Vaccination in Bombay 1889-1901 - 1889-1901
Year: 1889
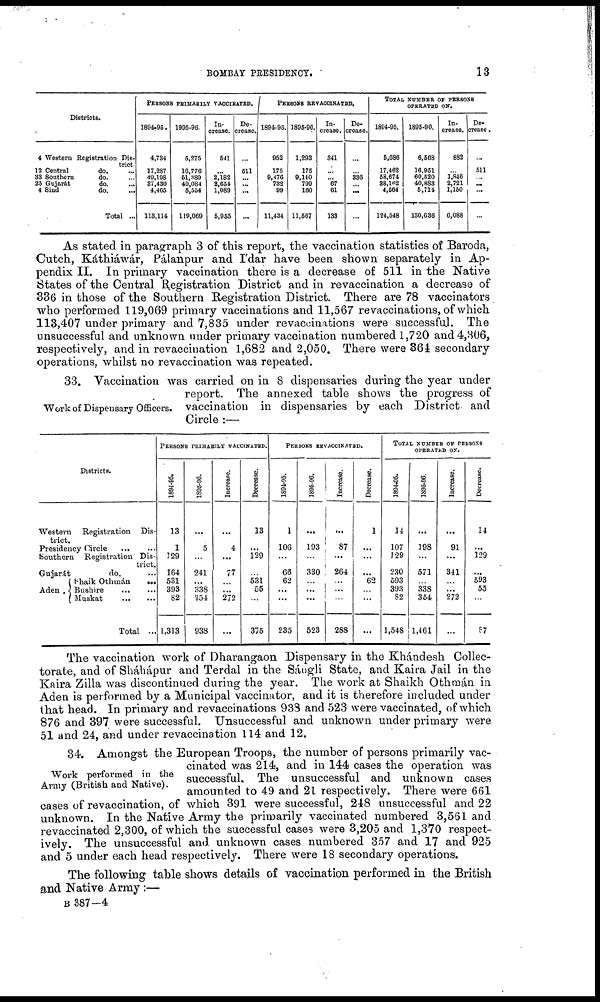
BOMBAY PRESIDENCY.
13
Districts.
4 Western Registration Dis-
trict.
12 Central
do. ...
33 Southern
do. ...
25 Gujarát
do. ...
4 Sind
do. ...
Total ...
PERSONS PRIMARILY VACCINATED.
1894-95.
4,734
17,287
49,198
37,430
4,465
113,114
1995-96.
5,275
16,776
51,380
40,084
6,554
119,069
In-
crease.
541
...
2,182
2,654
1,089
5,955
De-
crease
...
511
...
...
...
...
PERSONS REVACCINATED.
1894-95.
952
175
9,476
732
99
11,434
1895-96.
1,293
175
9,140
799
160
11,567
In-
crease.
341
...
...
67
61
133
De-
crease.
...
...
336
...
...
...
TOTAL NUMBER OF PERSONS
OPERATED ON.
1894-95.
5,686
17,462
58,674
38,162
4,564
124,548
1895-96.
6,568
16,951
60,520
40,883
5,714
130,636
In-
crease.
882
...
1,846
2,721
1,150
6,088
De-
crease .
...
511
...
...
...
...
As stated in paragraph 3 of this report, the vaccination statistics of Baroda,
Cutch, Káthiáwár, Pálanpur and I'dar have been shown separately in Ap-
pendix II. In primary vaccination there is a decrease of 511 in the Native
States of the Central Registration District and in revaccination a decrease of
336 in those of the Southern Registration District. There are 78 vaccinators
who performed 119,069 primary vaccinations and 11,567 revaccinations, of which
113,407 under primary and 7,835 under revaccinations were successful. The
unsuccessful and unknown under primary vaccination numbered 1,720 and 4,306,
respectively, and in revaccination 1,682 and 2,050. There were 364 secondary
operations, whilst no revaccination was repeated.
Work of Dispensary Officers.
33. Vaccination was carried on in 8 dispensaries during the year under
report. The annexed table shows the progress of
vaccination in dispensaries by each District and
Circle :—
Districts.
Western
Registration
Dis-
trict.
Presidency Circle
...
...
Southern
Registration Dis-
trict.
Gujarát
do. ...
Aden . -
Shaik Othmán
...
Bushire
...
...
Muskat
...
...
Total ...
PERSONS PRIMARILY VACCINATED.
1894-95.
13
1
129
164
531
393
82
1,313
1895-96.
...
5
...
241
...
338
354
938
Increase.
...
4
...
77
...
...
272
...
Decrease.
13
...
129
...
531
55
...
375
PERSONS REVACCINATED.
1894-95.
1
106
...
66
62
...
...
235
1895-96.
...
193
...
330
...
...
...
523
Increase.
...
87
...
264
...
...
...
288
Decrease.
1
...
...
...
62
...
...
...
TOTAL NUMBER OF PERSONS
OPERATED ON.
1894-95.
14
107
129
230
593
393
82
1,548
1895-96.
...
198
...
571
...
338
354
1,461
Increase.
...
91
...
341
...
...
272
...
Decrease.
14
...
129
...
593
55
...
87
The vaccination work of Dharangaon Dispensary in the Khándesh Collec-
torate, and of Sháhápur and Terdal in the Sángli State, and Kaira Jail in the
Kaira Zilla was discontinued during the year. The work at Shaikh Othmán in
Aden is performed by a Municipal vaccinator, and it is therefore included under
that head. In primary and revaccinations 933 and 523 were vaccinated, of which
876 and 397 were successful. Unsuccessful and unknown under primary were
51 and 24, and under revaccination 114 and 12.
Work performed in the
Army (British and Native).
34. Amongst the European Troops, the number of persons primarily vac-
cinated was 214, and in 144 cases the operation was
successful. The unsuccessful and unknown cases
amounted to 49 and 21 respectively. There were 661
cases of revaccination, of which 391 were successful, 248 unsuccessful and 22
unknown. In the Native Army the primarily vaccinated numbered 3,561 and
revaccinated 2,300, of which the successful cases were 3,205 and 1,370 respect-
ively. The unsuccessful and unknown cases numbered 357 and 17 and 925
and 5 under each head respectively. There were 18 secondary operations.
The following table shows details of vaccination performed in the British
and Native Army :—
B 387—4